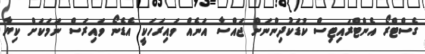
ގެސްޓްރޯ އެންޓްރައިޓިސް ކުޑަކުދިންނަށް ޖައްސާ އަނެއް ވައިރަހަކީ އެޑެނޯ ވައިރަސް ނަމަކަށް ކިޔާ